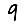
Digit: 9